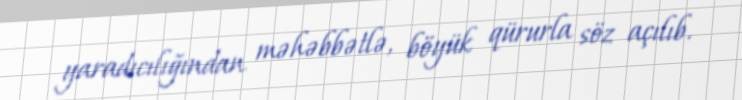
yaradıcılığından məhəbbətlə, böyük qürurla söz açılıb.